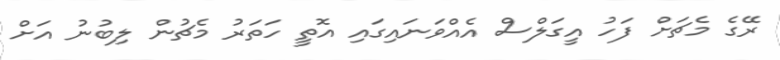
ރޭގެ މެޗަށް ފަހު އީގަލްސް އެއްވަނައިގައި އޮތީ ހަތަރު މެޗުން ލިބުނު އަށް